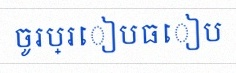
ចូរប្រៀបធៀប